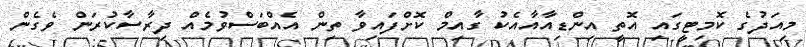
މިއަދުގެ ކޮމިޓީގައި އޮތީ އިންޑިއާއާއެކު ގާއިމް ކޮށްފައިވާ ތިން އެއްބަސްވުމެއް ދިރާސާކުރަން ވެގެން